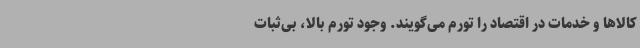
کالاها و خدمات در اقتصاد را تورم می‌گویند. وجود تورم بالا، بی‌ثبات